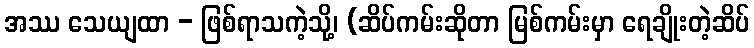
အဿ သေယျထာ - ဖြစ်ရာသကဲ့သို့၊ (ဆိပ်ကမ်းဆိုတာ မြစ်ကမ်းမှာ ရေချိုးတဲ့ဆိပ်